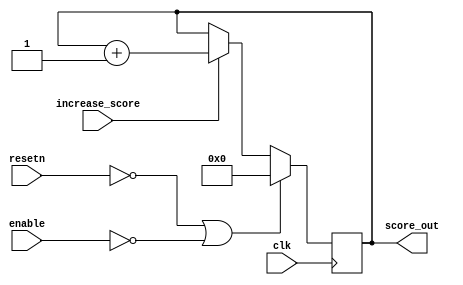
module scoreManager(clk, resetn, enable, increase_score, score_out);
	input			clk, resetn, enable, increase_score;
	output	reg	[15:0]	score_out;
	
	always@(posedge clk)
	begin
		if(!resetn || !enable) 
			score_out <= 16'd0;
		else if(increase_score)
			score_out <= score_out + 1'd1;
	end

endmodule

module displayScore(score_in, hex_disp_0, hex_disp_1, hex_disp_2, hex_disp_3);
	input	[15:0]	score_in;
	output	[6:0]	hex_disp_0, hex_disp_1, hex_disp_2, hex_disp_3;
	
	sevenSegment ss0(score_in[3:0]  , hex_disp_0);
	sevenSegment ss1(score_in[7:4]  , hex_disp_1);
	sevenSegment ss2(score_in[11:8] , hex_disp_2);
	sevenSegment ss3(score_in[15:12], hex_disp_3);
endmodule

module sevenSegment(num, segment);
	input	[3:0] num;
	output	[6:0] segment;

	// on = 0, off = 1
	assign segment[0] =  ~num[3] & ~num[2] & ~num[1] &  num[0] | //1
			     ~num[3] &  num[2] & ~num[1] & ~num[0] | //4
			      num[3] & ~num[2] &  num[1] &  num[0] | //B
			      num[3] &  num[2] & ~num[1] &  num[0];  //D

	assign segment[1] =  ~num[3] &  num[2] & ~num[1] &  num[0] | //5
			      num[3] &  num[2] &           ~num[0] | //C, E
			      num[3] &            num[1] &  num[0] | //B, F
			      num[2] &  num[1] & ~num[0];            //6, E

	assign segment[2] =  ~num[3] & ~num[2] &  num[1] & ~num[0] | //2
			      num[3] &  num[2] &           ~num[0] | //C, E
			      num[3] &  num[2] &  num[1];            //E, F

	assign segment[3] =  ~num[3] &  num[2] & ~num[1] & ~num[0] | //4
			      num[3] & ~num[2] &  num[1] & ~num[0] | //A
			               ~num[2] & ~num[1] &  num[0] | //1,9
			                num[2] &  num[1] &  num[0];  //7,F

	assign segment[4] =            ~num[2] & ~num[1] &  num[0] | //1,9
			     ~num[3] &  num[2] & ~num[1]           | //4,5
			     ~num[3] &                      num[0];  //1,3,5,7

	assign segment[5] =   num[3] &  num[2] & ~num[1] &  num[0] | //D
			     ~num[3] & ~num[2]           &  num[0] | //1,3
			     ~num[3] & ~num[2] &  num[1]           | //2,3
			     ~num[3] &            num[1] &  num[0];  //3,7

	assign segment[6] =  ~num[3] &  num[2] &  num[1] &  num[0] | //7
			      num[3] &  num[2] & ~num[1] & ~num[0] | //C
			     ~num[3] & ~num[2] & ~num[1];            //1,0
endmodule